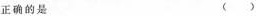
正确的是()